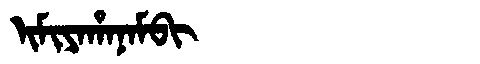
Manchu: ᡳᠮᡳᠶᠠᡥᠠᠨᠠᠮᠪᡳ
Romanization: IMIYAHANAMBI